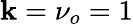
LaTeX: \mathbf{k}=\nu_{o}=1